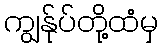
ကျွန်ုပ်တို့ထံမှ